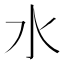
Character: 水